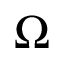
\Omega